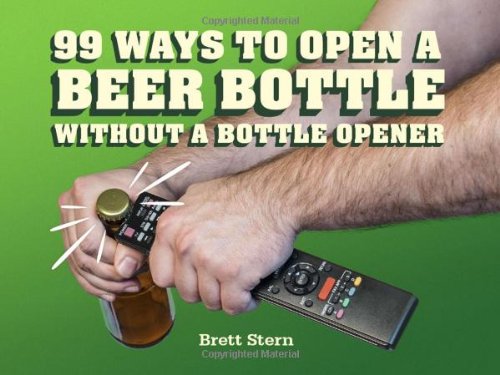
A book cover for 99 Ways to Open a Beer Bottle Without a Bottle Opener; Brett Stern; Humor & Entertainment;